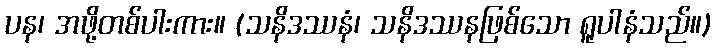
ပန၊ အဖို့တစ်ပါးကား။ (သနိဒဿနံ၊ သနိဒဿနဖြစ်သော ရူပါနံသည်။)